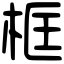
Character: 框